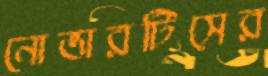
নোভারটিসের